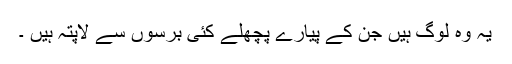
یہ وہ لوگ ہیں جن کے پیارے پچھلے کئی برسوں سے لاپتہ ہیں ۔